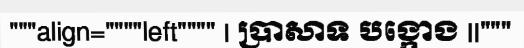
"""align=""""left"""" | ប្រាសាទ បង្កោង ||"""